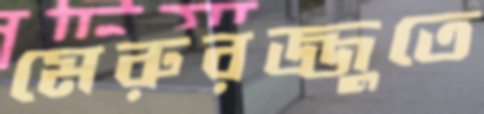
মেরুরজ্জুতে